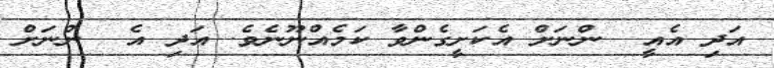
އަދި އެއީ  ންނަށް އެކަށީގެންވާ ކަމެއްނޫނެވެ. އަދި އެ  ންނަށް